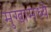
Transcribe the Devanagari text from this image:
मुखामध्ये